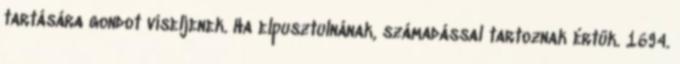
tartására gondot viseljenek. Ha elpusztulnának, számadással tartoznak értük. 1694.